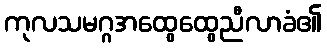
ကုလသမဂ္ဂအထွေထွေညီလာခံ၏